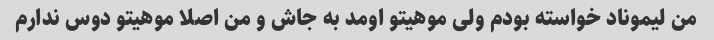
من لیموناد خواسته بودم ولی موهیتو اومد به جاش و من اصلا موهیتو دوس ندارم